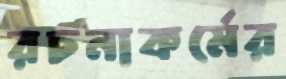
রচনাকর্মের